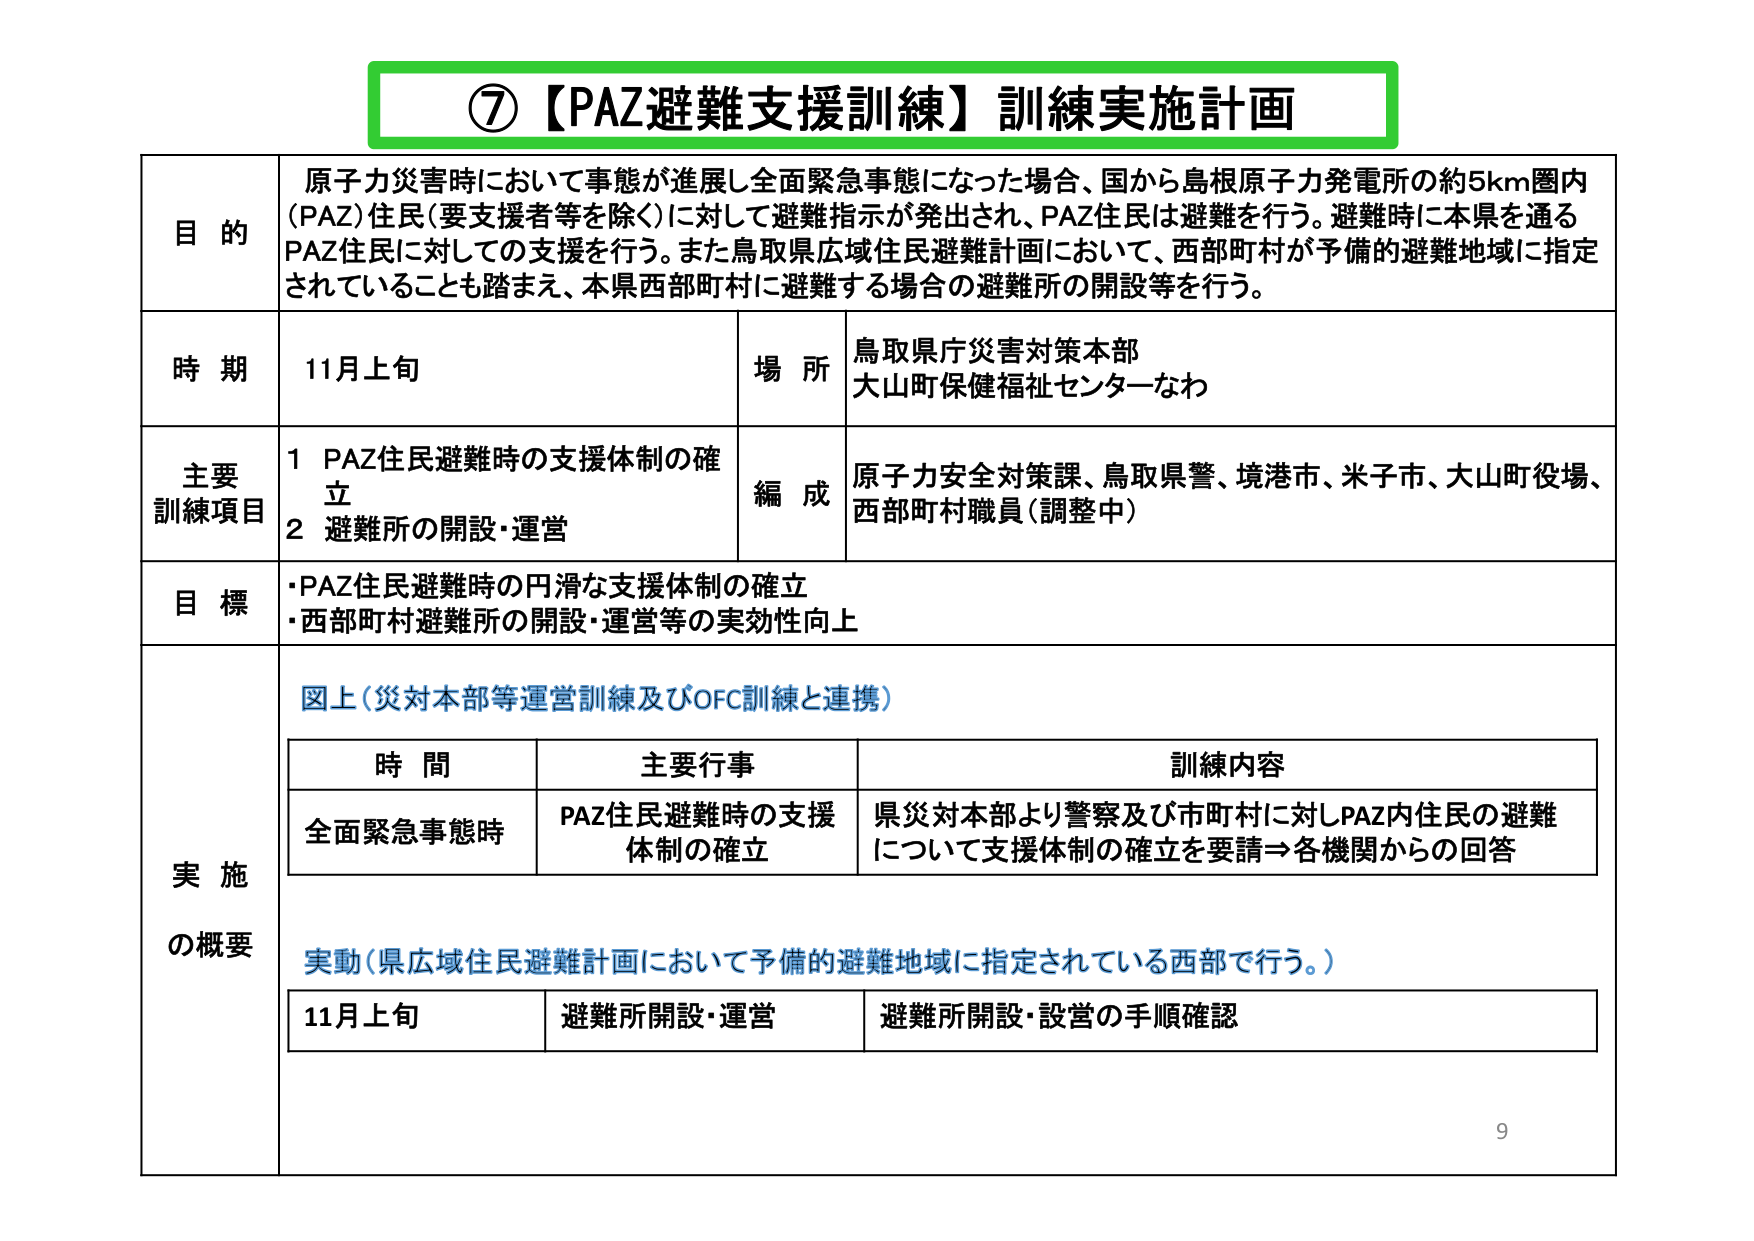
⑦【PAZ避難支援訓練】訓練実施計画

目的
原子力災害時において事態が進展し全面緊急事態になった場合、国から島根原子力発電所の約5km圏内（PAZ）住民（要支援者等を除く）に対して避難指示が発出され、PAZ住民は避難を行う。避難時に本県を通るPAZ住民に対しての支援を行う。また鳥取県広域住民避難計画において、西部町村が予備的避難地域に指定されていることも踏まえ、本県西部町村に避難する場合の避難所の開設等を行う。

時期
11月上旬

場所
鳥取県庁災害対策本部
大山町保健福祉センターなわ

主要訓練項目
1 PAZ住民避難時の支援体制の確立
2 避難所の開設・運営

編成
原子力安全対策課、鳥取県警、境港市、米子市、大山町役場、西部町村職員（調整中）

目標
・PAZ住民避難時の円滑な支援体制の確立
・西部町村避難所の開設・運営等の実効性向上

実施の概要
図上（災対本部等運営訓練及びOFC訓練と連携）

時間 主要行事 訓練内容
全面緊急事態時 PAZ住民避難時の支援体制の確立 県災対本部より警察及び市町村に対しPAZ内住民の避難について支援体制の確立を要請→各機関からの回答

実動（県広域住民避難計画において予備的避難地域に指定されている西部で行う。）

11月上旬 避難所開設・運営 避難所開設・設営の手順確認

9